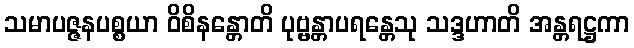
သမာပဇ္ဇနပစ္စယာ ဝိစိနန္တောတိ ပုဗ္ဗန္တာပရန္တေသု သဒ္ဒဟာတိ အန္တရဋ္ဌကာ